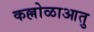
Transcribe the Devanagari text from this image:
कल्लोळाआतु